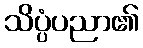
သိပ္ပံပညာ၏